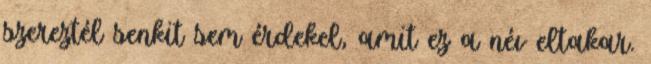
szereztél senkit sem érdekel, amit ez a név eltakar.